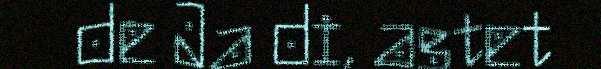
de Ja di, astet